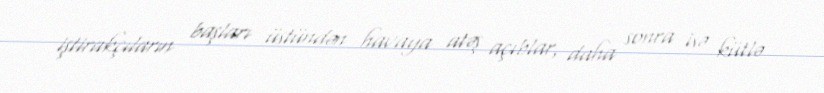
iştirakçıların başları üstündən havaya atəş açıblar, daha sonra isə kütlə